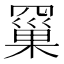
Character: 𮊗